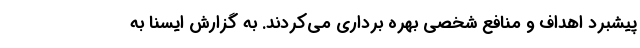
پیشبرد اهداف و منافع شخصی بهره برداری می‌کردند. به گزارش ایسنا به